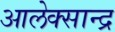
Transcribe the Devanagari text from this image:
आलेक्सान्द्र